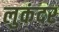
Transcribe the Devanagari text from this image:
लुकंदर